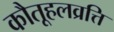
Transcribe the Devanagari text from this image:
कौतूहलव्रत्ति